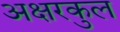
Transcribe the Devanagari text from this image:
अक्षरकुल